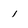
Character: i